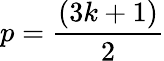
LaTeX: p=\frac{(3k+1)}{2}